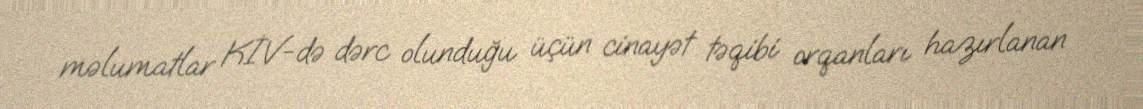
məlumatlar KİV-də dərc olunduğu üçün cinayət təqibi orqanları hazırlanan